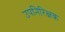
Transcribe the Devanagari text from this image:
उपनिरिक्षक